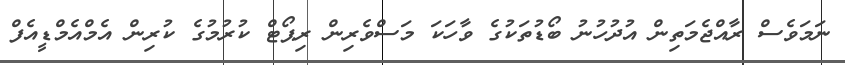
ނަމަވެސް ރާއްޖެމަތިން އުދުހުނު ބޯޑުތަކުގެ ވާހަކަ މަސްވެރިން ރިޕޯޓް ކުރުމުގެ ކުރިން އެމްއެމްޑީއެފް